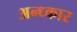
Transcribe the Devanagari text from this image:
अन्ध्कार